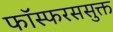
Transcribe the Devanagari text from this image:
फॉस्फरससुक्त